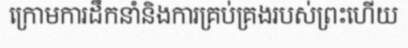
ក្រោមការដឹកនាំនិងការគ្រប់គ្រងរបស់ព្រះហើយ